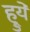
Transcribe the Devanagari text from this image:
ह्रुये